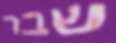
שבר